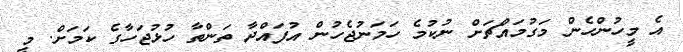
އެ މީހުންހެން މަގުމައްޗަށް ނުކުމެ ހަމަނުޖެހުން އުފައްދާ ތަންތާ ހުޅުޖަހާގެ ކަމަށް. މީ